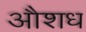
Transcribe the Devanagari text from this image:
औशध